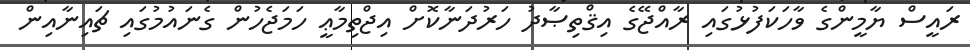
ރައީސް ޔާމީންގެ ވާހަކަފުޅުގައި ރާއްޖޭގެ އިޤްތިޞާދު ހަރުދަނާކޮށް އިޖްތިމާޢީ ހަމަޖެހުން ގެނައުމުގައި ޗައިނާއިން